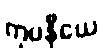
ကုပနီယေ